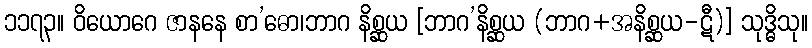
၁၁၇၃။ ဝိယောဂေ ဇာနနေ စာ’ဓော၊ဘာဂ နိစ္ဆယ [ဘာဂ’နိစ္ဆယ (ဘာဂ+အနိစ္ဆယ-ဋီ)] သုဒ္ဓိသု။